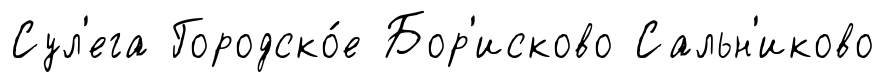
Сул'ега Городско́е Бор'исково Сальн'иково